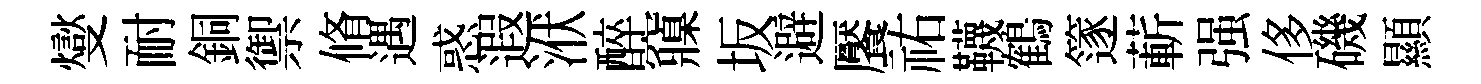
燮耐銅禦脩遇惑遐洑醉䆿坂避饜祐韈鶴篴蔪强侈磯顯